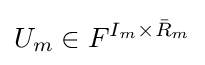
U_{m}\in F^{I_{m}\times {\bar {R}}_{m}}